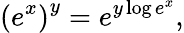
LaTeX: \left(e^{x}\right)^{y}=e^{y\log e^{x}},